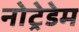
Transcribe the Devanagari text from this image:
नोट्रेडेम